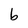
Character: b